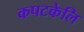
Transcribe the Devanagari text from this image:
कपटकेलि